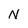
Character: N